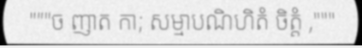
"""ច ញាត កា; សម្មាបណិហិតំ ចិត្តំ ,"""